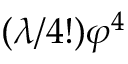
( { \lambda } / { 4 ! } ) \varphi ^ { 4 }